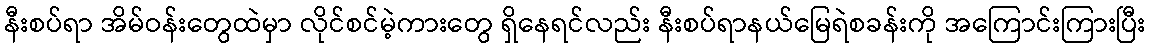
နီးစပ်ရာ အိမ်ဝန်းတွေထဲမှာ လိုင်စင်မဲ့ကားတွေ ရှိနေရင်လည်း နီးစပ်ရာနယ်မြေရဲစခန်းကို အကြောင်းကြားပြီး